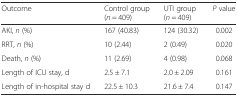
<table><thead><tr><td><b>Outcome</b></td><td><b>Control group (<i>n</i> = 409)</b></td><td><b>UTI group (<i>n</i> = 409)</b></td><td><b><i>P</i> value</b></td></tr></thead><tbody><tr><td>AKI, <i>n</i> (%)</td><td>167 (40.83)</td><td>124 (30.32)</td><td>0.002</td></tr><tr><td>RRT, <i>n</i> (%)</td><td>10 (2.44)</td><td>2 (0.49)</td><td>0.020</td></tr><tr><td>Death, <i>n</i> (%)</td><td>11 (2.69)</td><td>4 (0.98)</td><td>0.068</td></tr><tr><td>Length of ICU stay, d</td><td>2.5 ± 7.1</td><td>2.0 ± 2.09</td><td>0.161</td></tr><tr><td>Length of in-hospital stay d</td><td>22.5 ± 10.3</td><td>21.6 ± 7.4</td><td>0.147</td></tr></tbody></table>